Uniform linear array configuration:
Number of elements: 16
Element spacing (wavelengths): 0.25
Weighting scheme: exponential
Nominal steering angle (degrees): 45
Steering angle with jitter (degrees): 46.837
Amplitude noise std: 0.05
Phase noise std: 0.05

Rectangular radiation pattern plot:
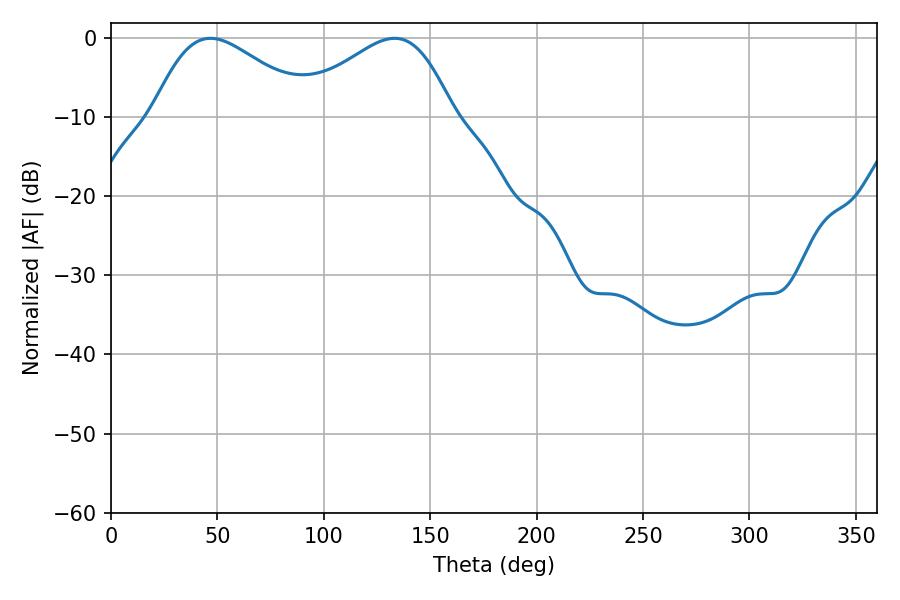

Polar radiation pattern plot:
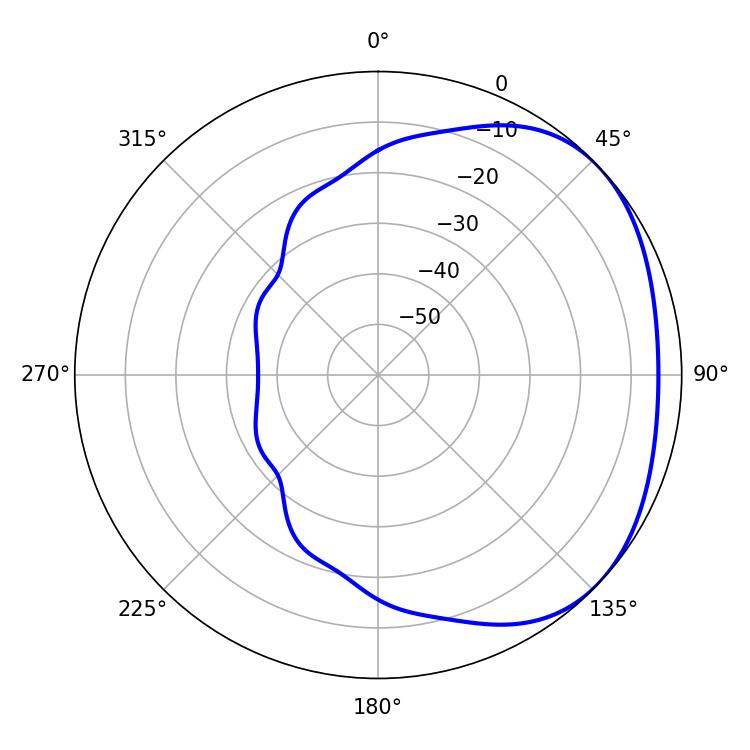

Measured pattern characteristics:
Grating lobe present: FALSE
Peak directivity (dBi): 2.401
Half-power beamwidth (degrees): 39.96
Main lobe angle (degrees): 46.8